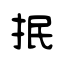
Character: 抿